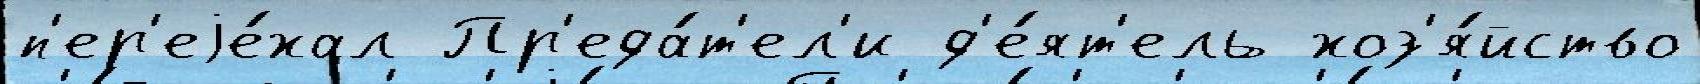
п'ер'еjе́хал Пр'еда́т'ел'и д'е́ят'ель хоз'я́йство